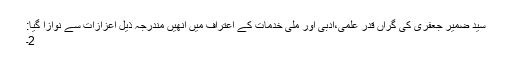
سید ضمیر جعفری کی گراں قدر علمی،ادبی اور ملی خدمات کے اعتراف میں انھیں مندرجہ ذیل اعزازات سے نوازا گیا:
2۔